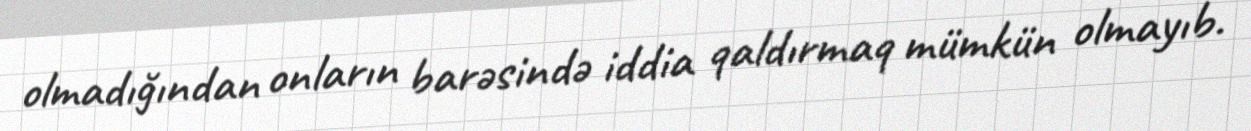
olmadığından onların barəsində iddia qaldırmaq mümkün olmayıb.